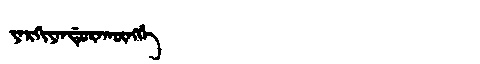
Manchu: ᠶᠠᡵᡴᡳᠶᠠᠨᡩᡠᡵᠠᡴᡡᠩᡤᡝ
Romanization: YARKIYANDURAKŪNGGE